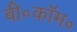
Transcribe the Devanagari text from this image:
बी॰कॉम॰